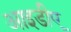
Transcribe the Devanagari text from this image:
आइडीए